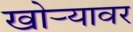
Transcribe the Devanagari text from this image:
खोर्‍यावर